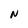
Character: N